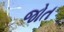
જોત